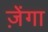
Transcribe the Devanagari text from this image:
ज़ेंगा